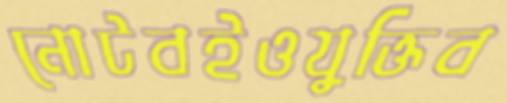
নোটবইওযুক্তিব